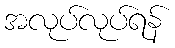
အလုပ်လုပ်ရန်